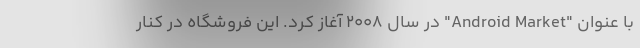
با عنوان "Android Market" در سال 2008 آغاز کرد. این فروشگاه در کنار